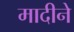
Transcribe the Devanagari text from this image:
मादीने